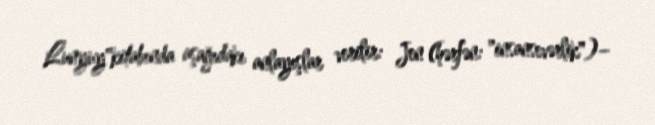
Lunyuy"kitabında aşağıdakı anlayışlar verilir: Jen (hərfən: "insansevərlik")–